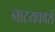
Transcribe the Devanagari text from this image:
नाटयकारों